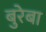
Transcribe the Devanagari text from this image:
बुरेबा